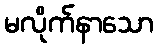
မလိုက်နာသော